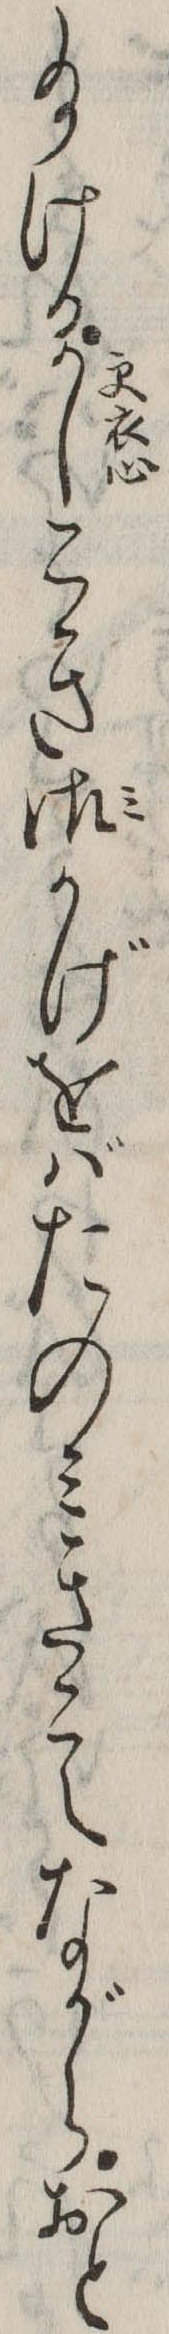
給けるかしこき御かげをばたのみきこえながらおと